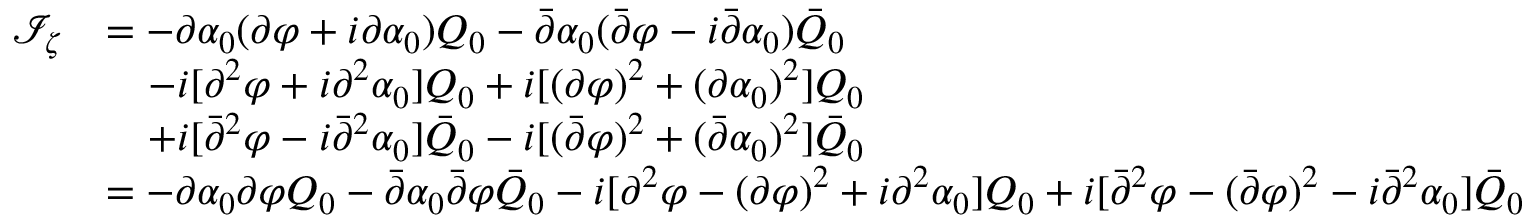
\begin{array} { r l } { \mathcal I _ { \zeta } } & { = - \partial \alpha _ { 0 } ( \partial \varphi + i \partial \alpha _ { 0 } ) Q _ { 0 } - \bar { \partial } \alpha _ { 0 } ( \bar { \partial } \varphi - i \bar { \partial } \alpha _ { 0 } ) \bar { Q } _ { 0 } } \\ & { \quad - i [ \partial ^ { 2 } \varphi + i \partial ^ { 2 } \alpha _ { 0 } ] Q _ { 0 } + i [ ( \partial \varphi ) ^ { 2 } + ( \partial \alpha _ { 0 } ) ^ { 2 } ] Q _ { 0 } } \\ & { \quad + i [ \bar { \partial } ^ { 2 } \varphi - i \bar { \partial } ^ { 2 } \alpha _ { 0 } ] \bar { Q } _ { 0 } - i [ ( \bar { \partial } \varphi ) ^ { 2 } + ( \bar { \partial } \alpha _ { 0 } ) ^ { 2 } ] \bar { Q } _ { 0 } } \\ & { = - \partial \alpha _ { 0 } \partial \varphi Q _ { 0 } - \bar { \partial } \alpha _ { 0 } \bar { \partial } \varphi \bar { Q } _ { 0 } - i [ \partial ^ { 2 } \varphi - ( \partial \varphi ) ^ { 2 } + i \partial ^ { 2 } \alpha _ { 0 } ] Q _ { 0 } + i [ \bar { \partial } ^ { 2 } \varphi - ( \bar { \partial } \varphi ) ^ { 2 } - i \bar { \partial } ^ { 2 } \alpha _ { 0 } ] \bar { Q } _ { 0 } } \end{array}